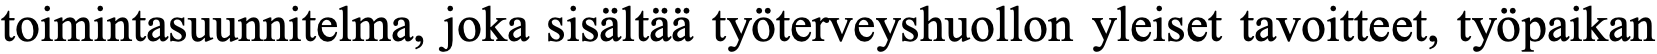
toimintasuunnitelma, joka sisältää työterveyshuollon yleiset tavoitteet, työpaikan